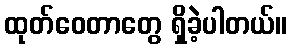
ထုတ်ဝေတာတွေ ရှိခဲ့ပါတယ်။